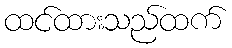
ထင်ထားသည်ထက်